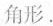
角形。